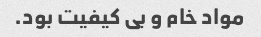
مواد خام و بی کیفیت بود.